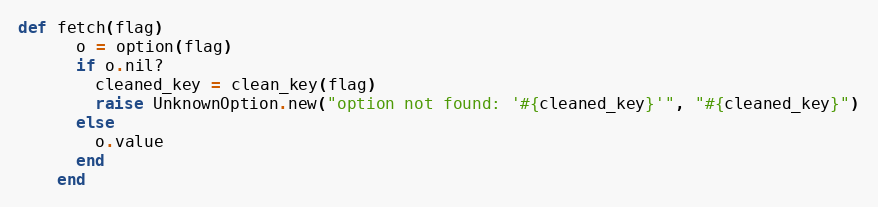
Language: Ruby
def fetch(flag)
      o = option(flag)
      if o.nil?
        cleaned_key = clean_key(flag)
        raise UnknownOption.new("option not found: '#{cleaned_key}'", "#{cleaned_key}")
      else
        o.value
      end
    end